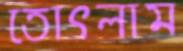
তোৎলাম